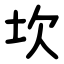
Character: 坎